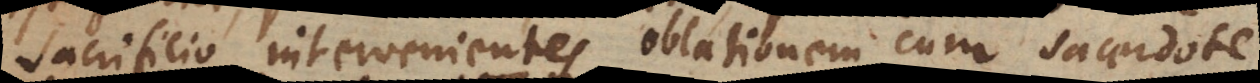
sacrificio intervenientes oblationem cum sacerdote